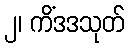
၂၊ ကိံဒဒသုတ်